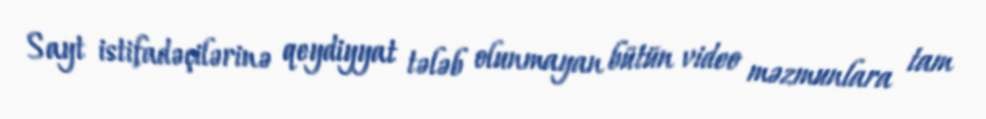
Sayt istifadəçilərinə qeydiyyat tələb olunmayan bütün video məzmunlara tam